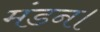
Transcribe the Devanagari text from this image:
मंडन।